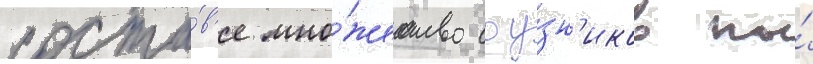
соста́в'е мно́жество соу́зн'иков по́